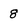
Character: 8